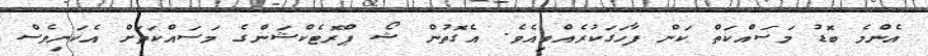
އެންމެ ބޮޑު މަސައްކަތް ކަން ފާހަގަކުރެއްވިއެވެ. އެގޮތުން ޝޯ ޕްރޮޓެކްޝަންގެ މަސައްކަތަށް އެކަނިވެސް